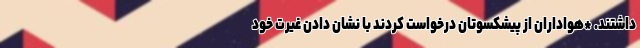
داشتند. *هواداران از پیشکسوتان درخواست کردند با نشان دادن غیرت خود